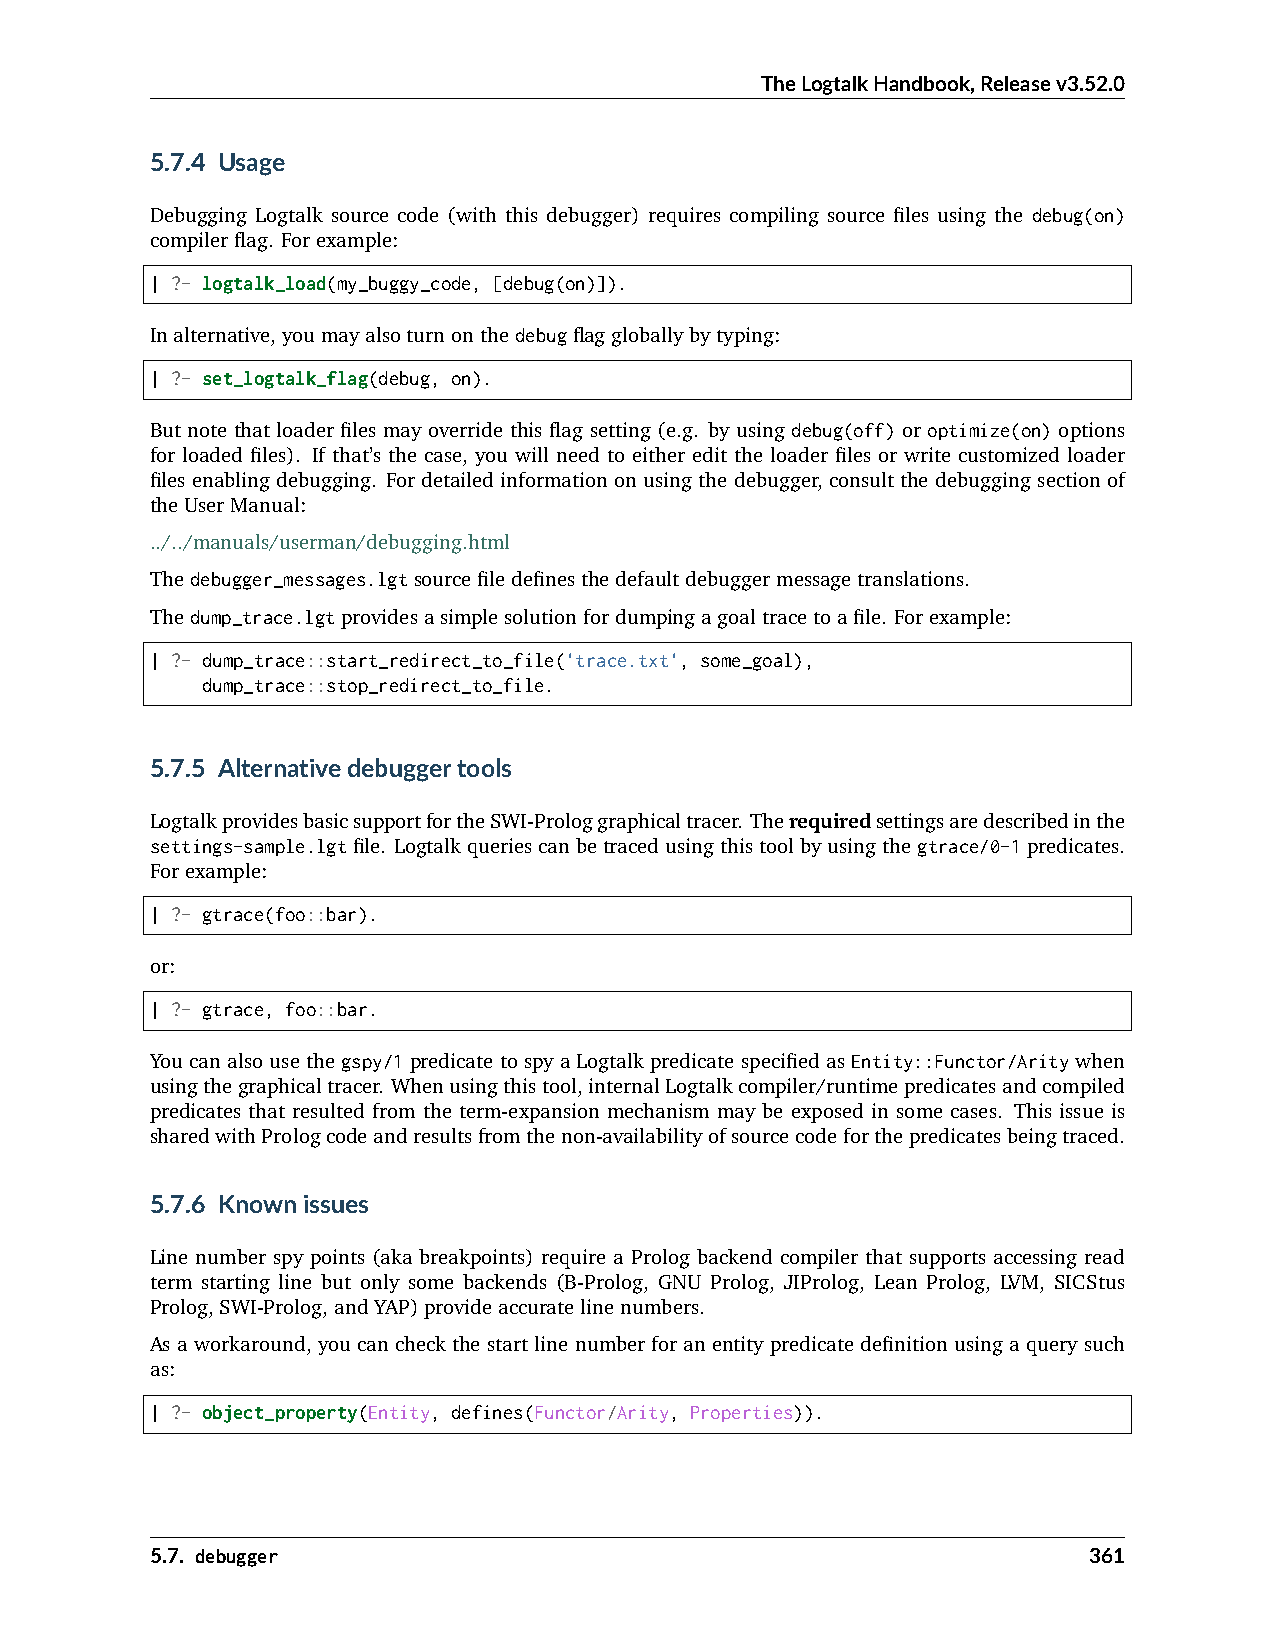
TheLogtalkHandbook,Releasev3.52.0
 5.7.4 Usage
 Debugging Logtalk source code (with this debugger) requires compiling source files using the debug(on)
 compilerflag. Forexample:
 | ?- logtalk_load(my_buggy_code, [debug(on)]).
 Inalternative,youmayalsoturnonthedebugflaggloballybytyping:
 | ?- set_logtalk_flag(debug, on).
 But note that loader files may override this flag setting (e.g. by using debug(off) or optimize(on) options
 for loaded files). If that’s the case, you will need to either edit the loader files or write customized loader
 files enabling debugging. For detailed information on using the debugger, consult the debugging section of
 theUserManual:
 ../../manuals/userman/debugging.html
 Thedebugger_messages.lgtsourcefiledefinesthedefaultdebuggermessagetranslations.
 Thedump_trace.lgtprovidesasimplesolutionfordumpingagoaltracetoafile. Forexample:
 | ?- dump_trace::start_redirect_to_file('trace.txt', some_goal),
 dump_trace::stop_redirect_to_file.
 5.7.5 Alternativedebuggertools
 LogtalkprovidesbasicsupportfortheSWI-Prologgraphicaltracer. Therequiredsettingsaredescribedinthe
 settings-sample.lgtfile. Logtalkqueriescanbetracedusingthistoolbyusingthegtrace/0-1predicates.
 Forexample:
 | ?- gtrace(foo::bar).
 or:
 | ?- gtrace, foo::bar.
 You can also use the gspy/1 predicate to spy a Logtalk predicate specified as Entity::Functor/Arity when
 usingthegraphicaltracer. Whenusingthistool,internalLogtalkcompiler/runtimepredicatesandcompiled
 predicates that resulted from the term-expansion mechanism may be exposed in some cases. This issue is
 sharedwithPrologcodeandresultsfromthenon-availabilityofsourcecodeforthepredicatesbeingtraced.
 5.7.6 Knownissues
 Line number spy points (aka breakpoints) require a Prolog backend compiler that supports accessing read
 term starting line but only some backends (B-Prolog, GNU Prolog, JIProlog, Lean Prolog, LVM, SICStus
 Prolog,SWI-Prolog,andYAP)provideaccuratelinenumbers.
 As a workaround, you can check the start line number for an entity predicate definition using a query such
 as:
 | ?- object_property(Entity, defines(Functor/Arity, Properties)).
 5.7. debugger                                                 361